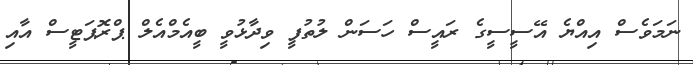
ނަމަވެސް އިއްޔެ އޭސީސީގެ ރައީސް ހަސަން ލުތުފީ ވިދާޅުވީ ބީއެމްއެލް ޕްރޮޕަޓީސް އާއި